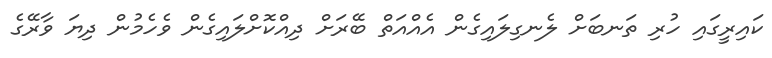
ކައިރީގައި ހުރި ތަނބަށް ލެނގިލައިގެން އެއްއަތް ބޭރަށް ދިއްކޮށްލައިގެން ވެހެމުން ދިޔަ ވާރޭގެ